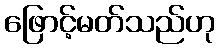
ဖြောင့်မတ်သည်ဟု